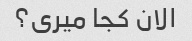
الان کجا میری؟